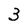
Character: 3